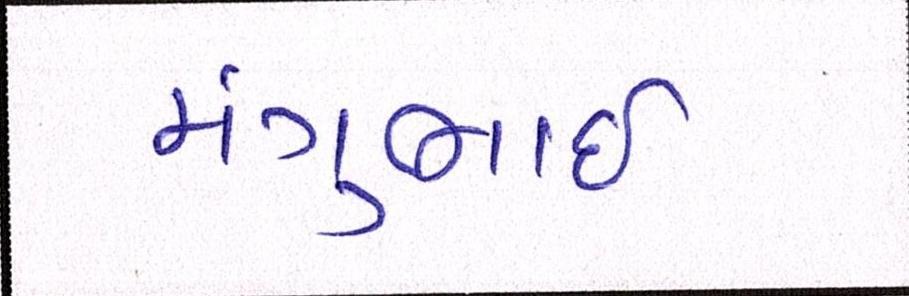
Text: મંગુભાઇ